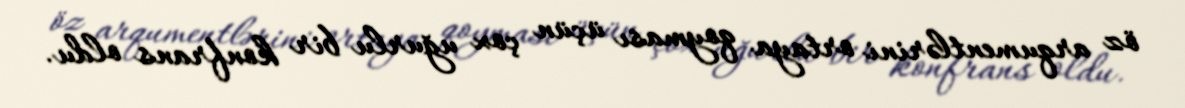
öz arqumentlərini ortaya qoyması üçün çox uğurlu bir konfrans oldu.